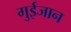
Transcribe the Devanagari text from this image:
गुईजान